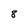
Character: 8